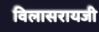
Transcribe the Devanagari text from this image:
विलासरायजी